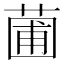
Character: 𬝟